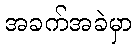
အခက်အခဲမှာ